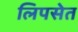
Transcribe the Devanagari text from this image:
लिपसेत